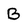
Character: B